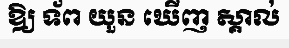
ឱ្យ ទ័ព យួន ឃើញ ស្គាល់